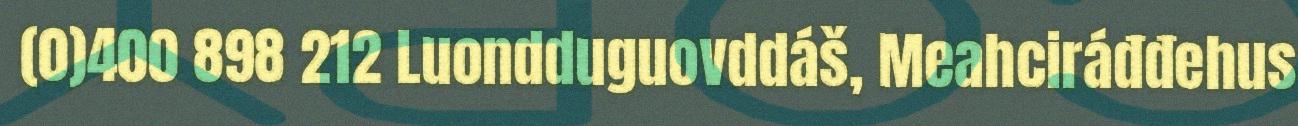
(0)400 898 212 Luondduguovddáš, Meahciráđđehus